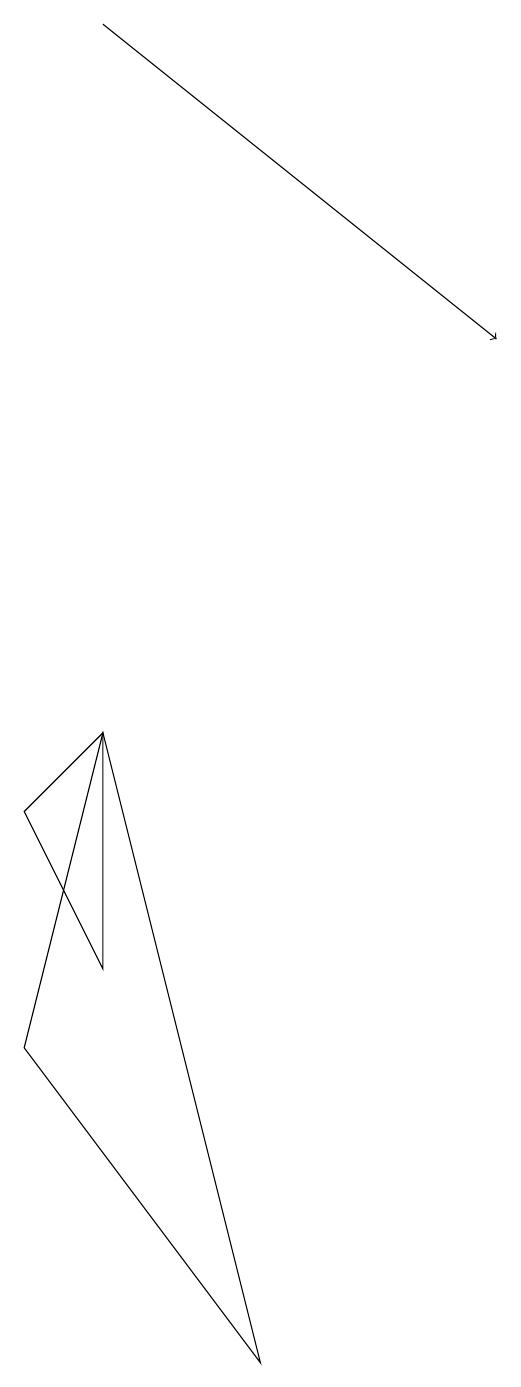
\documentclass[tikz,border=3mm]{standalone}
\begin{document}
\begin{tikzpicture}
\draw[->] (3,17) -- (8,13);
\draw (3,5) -- (2,7) -- (3,8) -- cycle;
\draw (3,8) -- (5,0) -- (2,4) -- cycle;
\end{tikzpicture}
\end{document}